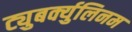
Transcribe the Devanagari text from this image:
ट्युबर्क्युलिनम